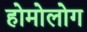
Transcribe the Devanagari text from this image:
होमोलोग